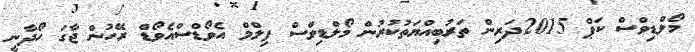
މޯލްޑިވްސް ކަޕް 2015ދަރިން ތަރުބިއްޔަތުކުރުން މޯލްޑިވްސް ފިލްމް އެވޯޑްސްއެވޯޑް ރޭހުން ޖާގަ ހޯދާނީ